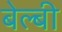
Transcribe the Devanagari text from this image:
बेल्बी